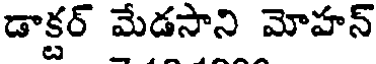
డాక్టర్ మేడసాని మోహన్